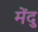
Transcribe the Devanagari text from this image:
मेंदु